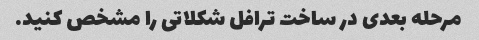
مرحله بعدی در ساخت ترافل شکلاتی را مشخص کنید.